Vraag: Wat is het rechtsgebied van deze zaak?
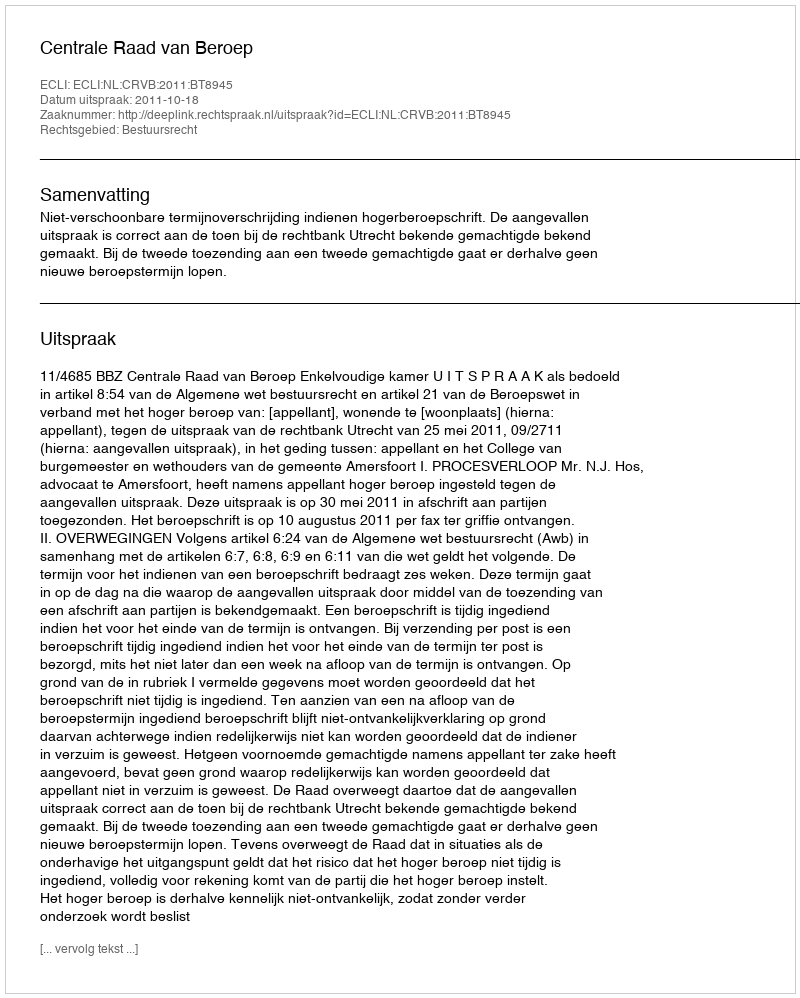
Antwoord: Bestuursrecht